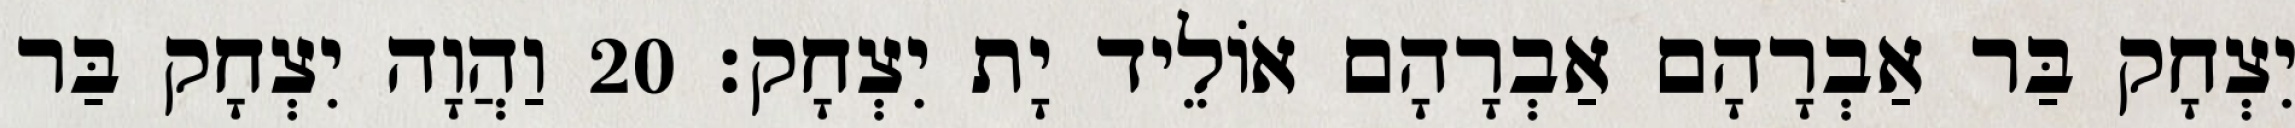
יִצְחָק בַּר אַבְרָהָם אַבְרָהָם אוֹלֵיד יָת יִצְחָק׃ 20 וַהֲוָה יִצְחָק בַּר